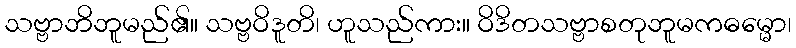
သဗ္ဗာဘိဘူမည်၏။ သဗ္ဗဝိဒူတိ၊ ဟူသည်ကား။ ဝိဒိတသဗ္ဗာစတုဘူမကဓမ္မော၊